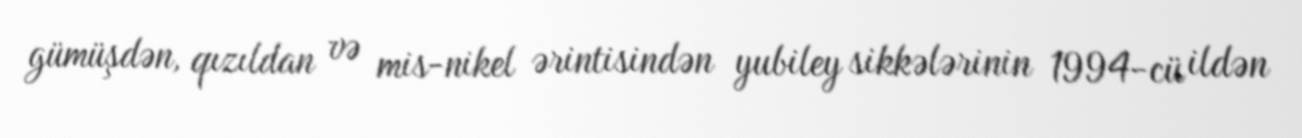
gümüşdən, qızıldan və mis-nikel ərintisindən yubiley sikkələrinin 1994-cü ildən